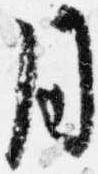
同